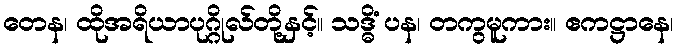
တေန၊ ထိုအရိယာပုဂ္ဂိုလ်တို့နှင့်။ သဒ္ဓိံ ပန၊ တကွမူကား။ ဧကဋ္ဌာနေ၊